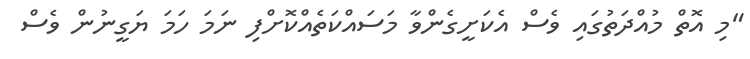
"މި އޮތް މުއްދަތުގައި ވެސް އެކަށީގެންވާ މަސައްކަތެއްކޮށްފި ނަމަ ހަމަ ޔަގީނުން ވެސް